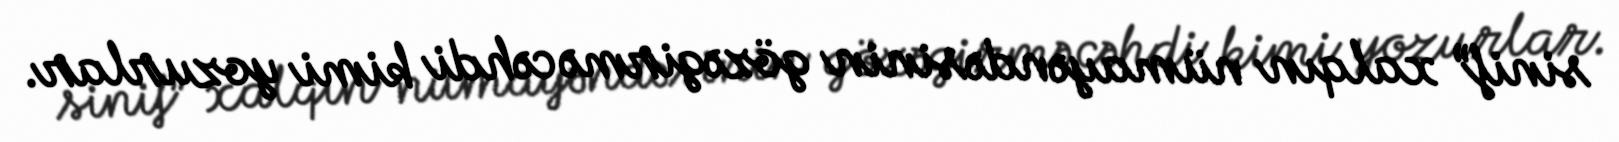
sinif” xalqın nümayəndəsinin gözəgirmə cəhdi kimi yozurlar.